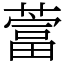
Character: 䔰